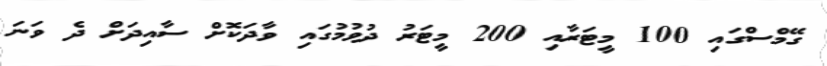
ގޭމްސްގައި 100 މީޓަރާއި 200 މީޓަރު ދުވުމުގައި ވާދަކޮށް ސާއިދަށް ދެ ވަނަ